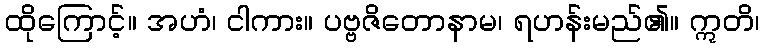
ထိုကြောင့်။ အဟံ၊ ငါကား။ ပဗ္ဗဇိတောနာမ၊ ရဟန်းမည်၏။ ဣတိ၊